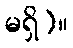
မရှိ)။